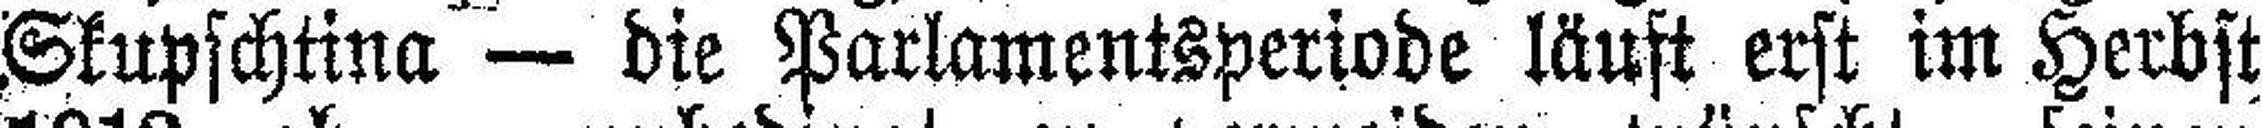
Skupschtina — die Parlamentsperiode läuft erst im Herbst